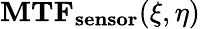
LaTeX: \mathbf{MTF_{sensor}}(\xi,\eta)